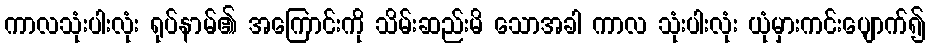
ကာလသုံးပါးလုံး ရုပ်နာမ်၏ အကြောင်းကို သိမ်းဆည်းမိ သောအခါ ကာလ သုံးပါးလုံး ယုံမှားကင်းပျောက်၍